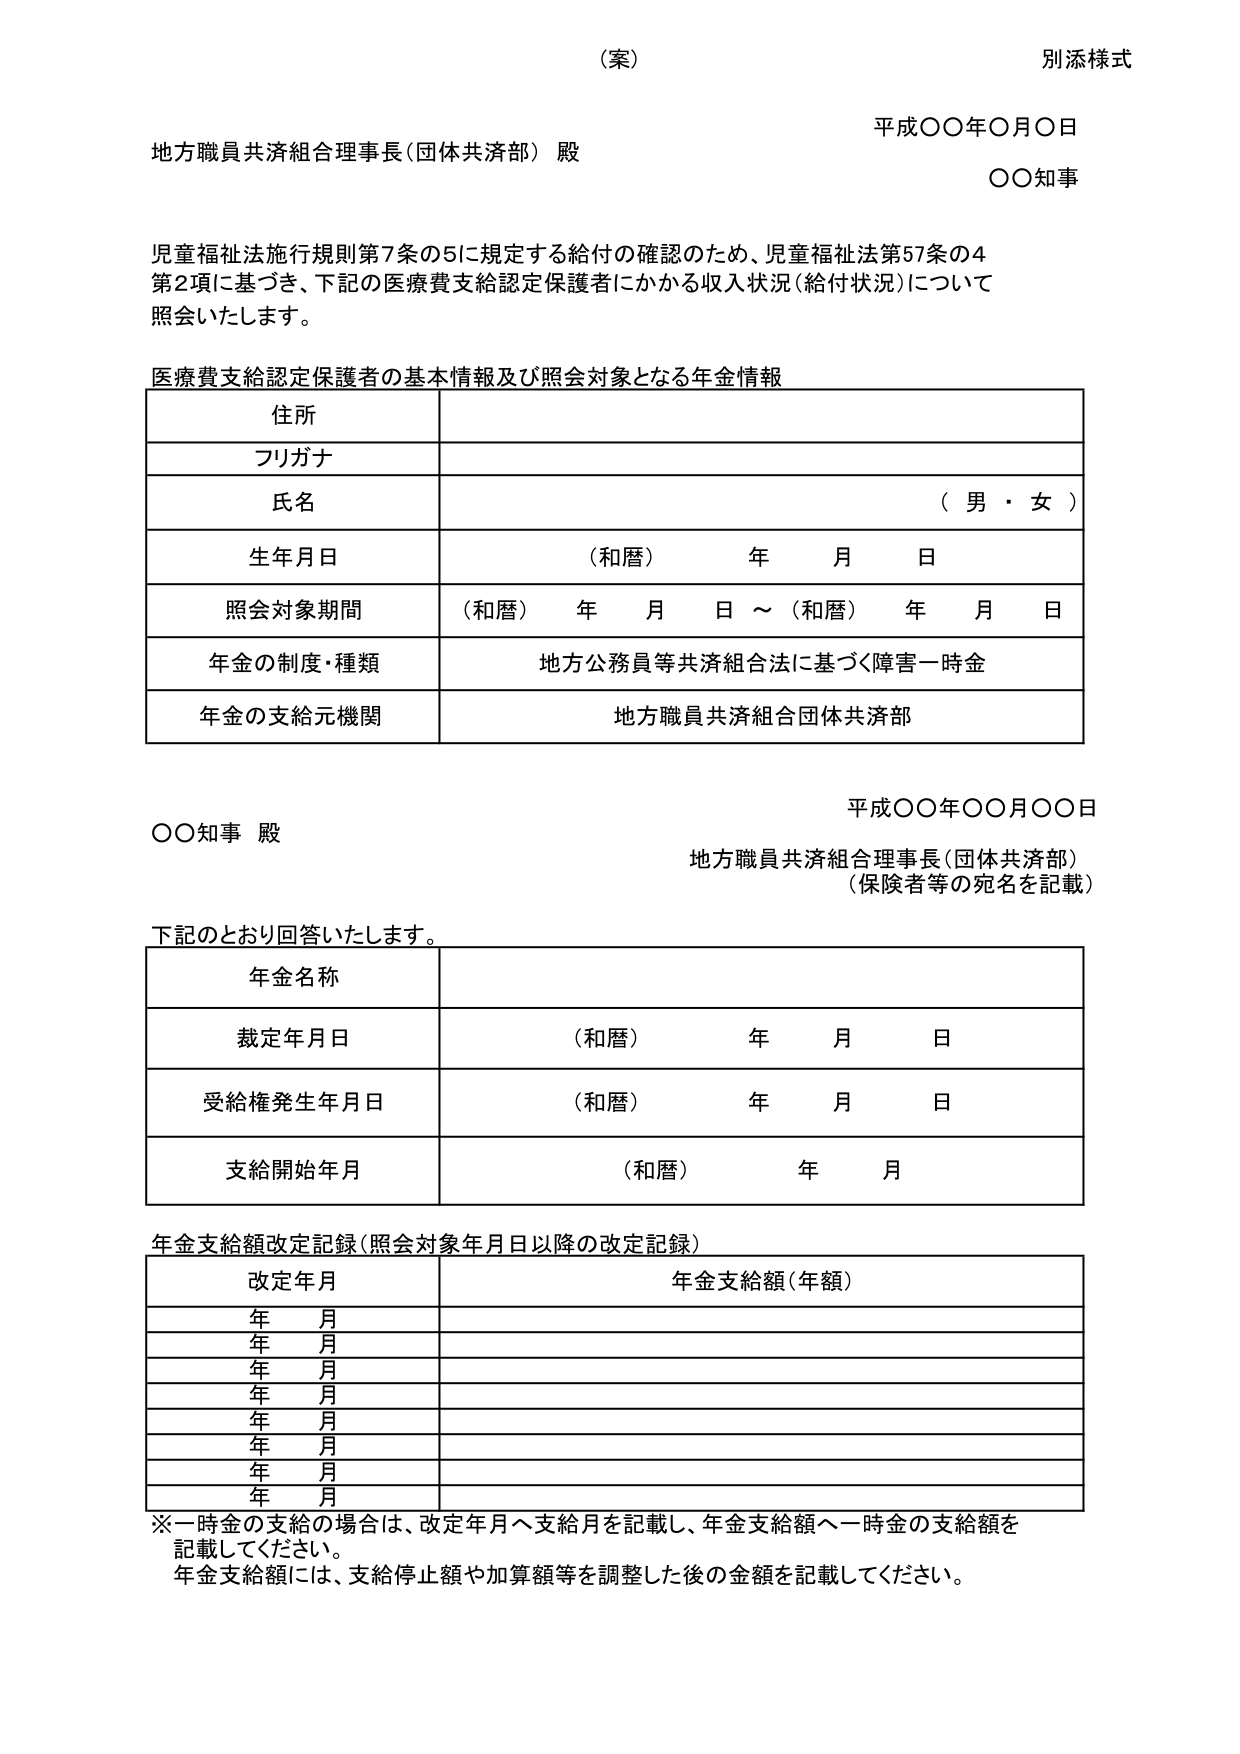
（案）
別添様式

平成〇〇年〇月〇日
地方職員共済組合理事長（団体共済部） 殿
〇〇知事

児童福祉法施行規則第7条の5に規定する給付の確認のため、児童福祉法第57条の4
第2項に基づき、下記の医療費支給認定保護者にかかる収入状況（給付状況）について
照会いたします。

医療費支給認定保護者の基本情報及び照会対象となる年金情報

住所
フリガナ
氏名 （男・女）
生年月日 （和暦） 年 月 日
照会対象期間 （和暦） 年 月 日 ～ （和暦） 年 月 日
年金の制度・種類 地方公務員等共済組合法に基づく障害一時金
年金の支給元機関 地方職員共済組合団体共済部

平成〇〇年〇〇月〇〇日
〇〇知事 殿
地方職員共済組合理事長（団体共済部）
（保険者等の宛名を記載）

下記のとおり回答いたします。

年金名称
裁定年月日 （和暦） 年 月 日
受給権発生年月日 （和暦） 年 月 日
支給開始年月 （和暦） 年 月

年金支給額改定記録（照会対象年月日以降の改定記録）

改定年月 年金支給額（年額）
年 月
年 月
年 月
年 月
年 月
年 月
年 月
年 月

※一時金の支給の場合は、改定年月へ支給月を記載し、年金支給額へ一時金の支給額を
記載してください。
年金支給額には、支給停止額や加算額等を調整した後の金額を記載してください。